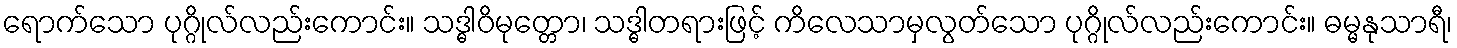
ရောက်သော ပုဂ္ဂိုလ်လည်းကောင်း။ သဒ္ဓါဝိမုတ္တော၊ သဒ္ဓါတရားဖြင့် ကိလေသာမှလွတ်သော ပုဂ္ဂိုလ်လည်းကောင်း။ ဓမ္မနုသာရီ၊